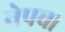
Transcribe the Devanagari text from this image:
नेपचा